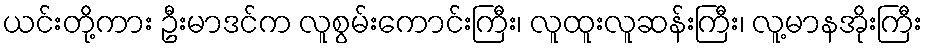
ယင်းတို့ကား ဦးမာဒင်က လူစွမ်းကောင်းကြီး၊ လူထူးလူဆန်းကြီး၊ လူ့မာနအိုးကြီး